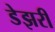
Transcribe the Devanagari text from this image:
डेझरी